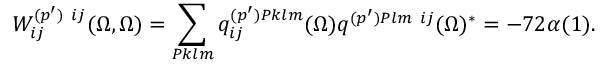
W _ { i j } ^ { ( p ^ { \prime } ) \ i j } ( \Omega , \Omega ) = \sum _ { { \cal P } k l m } q _ { i j } ^ { ( p ^ { \prime } ) { \cal P } k l m } ( \Omega ) q ^ { ( p ^ { \prime } ) { \cal P } l m \ i j } ( \Omega ) ^ { * } = - 7 2 \alpha ( 1 ) .